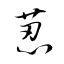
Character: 荵